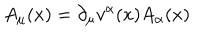
LaTeX: A _ { \mu } ( x ) = \partial _ { \mu } v ^ { \alpha } ( x ) A _ { \alpha } ( x )